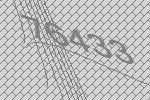
76433